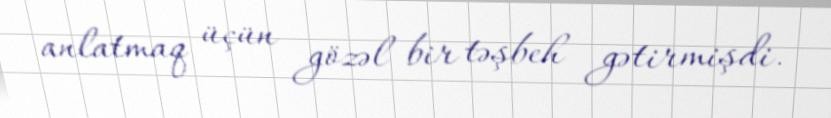
anlatmaq üçün gözəl bir təşbeh gətirmişdi.